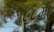
૧૮૮મા